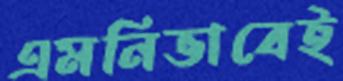
এমনিভাবেই